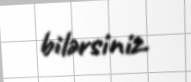
bilərsiniz.